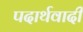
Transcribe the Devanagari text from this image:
पदार्थवादी